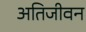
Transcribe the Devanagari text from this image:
अतिजीवन